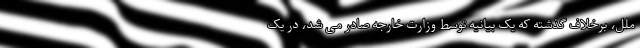
ملل، برخلاف گذشته که یک بیانیه توسط وزارت خارجه صادر می شد، در یک